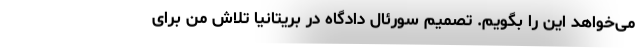
می‌خواهد این را بگویم. تصمیم سورئال دادگاه در بریتانیا تلاش من برای